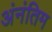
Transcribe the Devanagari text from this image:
अंनंतिम